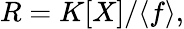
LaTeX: R=K[X]/\langle f\rangle,